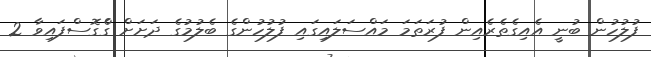
ފުލުހުން ބުނީ އެއިގެތެރެއިން ފުރަތަމަ މައްސަލައިގައި ފުލުހުންގެ ބެލުމުގެ ދަށަށް ގެްގޮސްފައިވާ 2